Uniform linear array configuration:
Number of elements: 8
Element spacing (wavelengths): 0.25
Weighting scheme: cosine
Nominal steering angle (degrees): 15
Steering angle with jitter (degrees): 16.588
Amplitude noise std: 0.05
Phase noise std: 0.05

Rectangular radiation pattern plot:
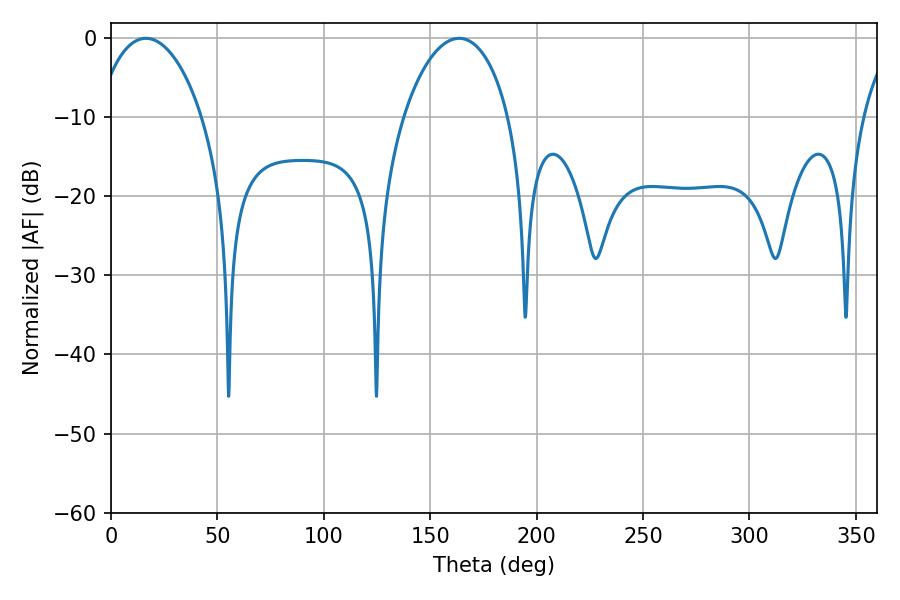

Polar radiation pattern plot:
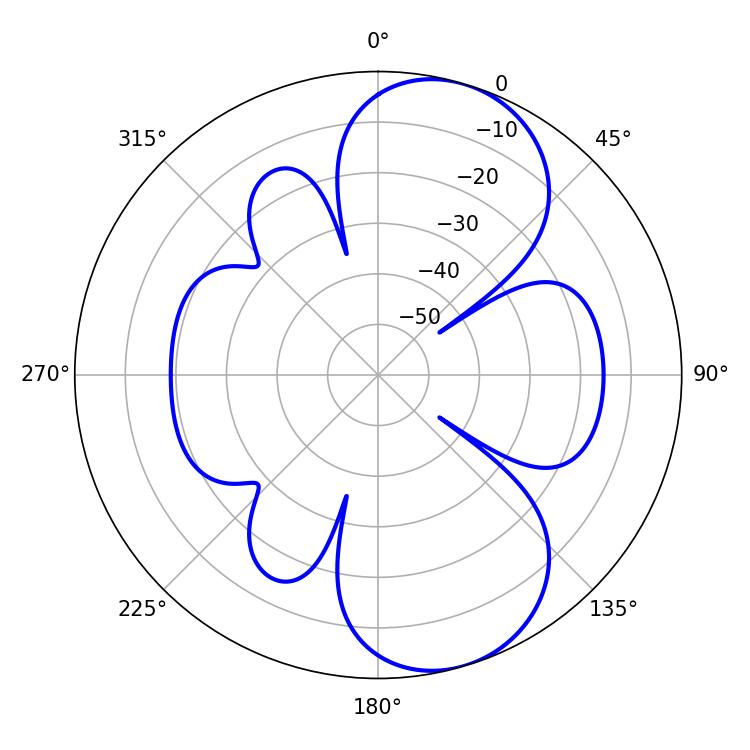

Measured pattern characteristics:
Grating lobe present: FALSE
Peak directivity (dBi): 8.255
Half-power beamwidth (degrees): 28.08
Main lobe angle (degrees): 16.38